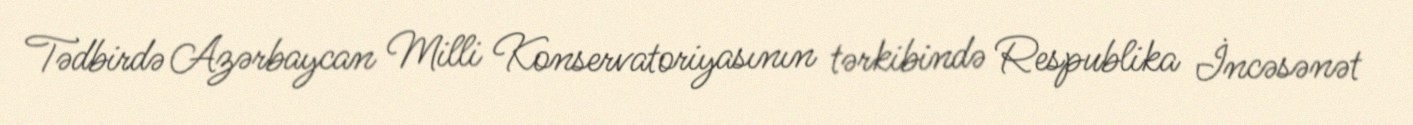
Tədbirdə Azərbaycan Milli Konservatoriyasının tərkibində Respublika İncəsənət